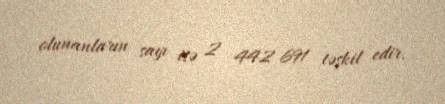
olunanların sayı isə 2 442 691 təşkil edir.